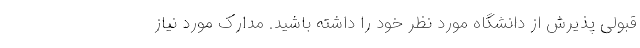
قبولی پذیرش از دانشگاه مورد نظر خود را داشته باشید. مدارک مورد نیاز